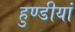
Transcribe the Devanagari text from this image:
हुण्डीयां